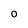
Character: O